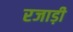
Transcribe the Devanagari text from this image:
रजाड़ी